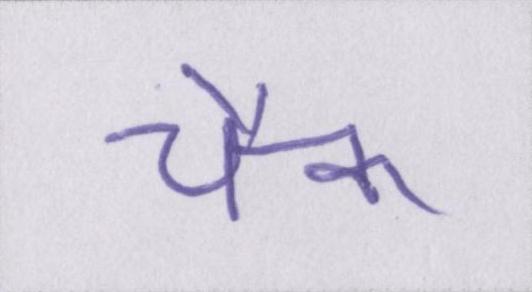
चैक